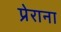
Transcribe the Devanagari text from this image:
प्रेराना